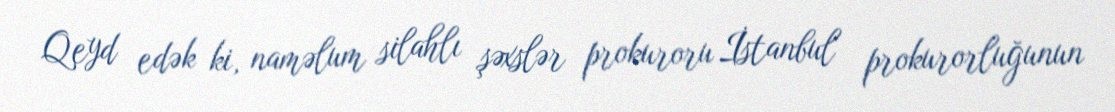
Qeyd edək ki, naməlum silahlı şəxslər prokuroru İstanbul prokurorluğunun